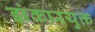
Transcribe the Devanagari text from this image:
झंकारयुक्त